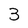
Character: 3